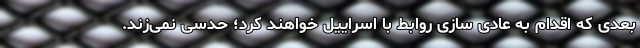
بعدی که اقدام به عادی سازی روابط با اسراییل خواهند کرد؛ حدسی نمی‌زند.